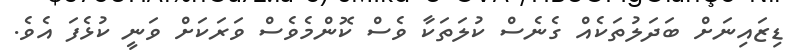
ޑިޒައިނަށް ބަދަލުތަކެއް ގެނެސް ކުލަތަކާ ވެސް ކޮންމެވެސް ވަރަކަށް ވަނީ ކުޅެފަ އެވެ.